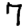
Digit: 7